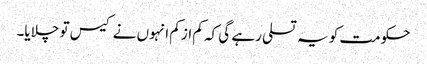
حکومت کو یہ تسلی رہے گی کہ کم از کم انہوں نے کیس تو چلایا۔